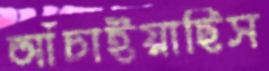
আঁচাইয়াছিস